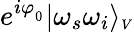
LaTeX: e^{i\varphi_{_0}}|\omega_{s}\omega_{i}\rangle_{\scriptscriptstyle V}